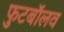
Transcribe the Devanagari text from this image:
फुटबॉलव